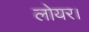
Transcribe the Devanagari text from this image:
लोयर।